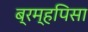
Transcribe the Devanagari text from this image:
ब्रम्हपिसा